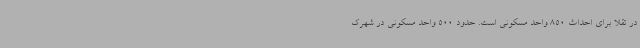
در تقلا برای احداث 850 واحد مسکونی است. حدود 500 واحد مسکونی در شهرک